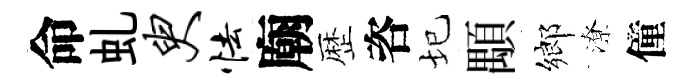
命虬臾怯廟歴咨圮顒鄉潦僮